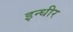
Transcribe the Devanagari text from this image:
इन्धीर